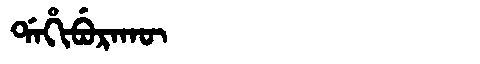
Manchu: ᡩᠠᡥᡳᠪᡠᡵᠠᡴᡡ
Romanization: DAHIBURAKŪ